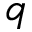
q